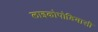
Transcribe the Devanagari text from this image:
लाइकोपोडियासी